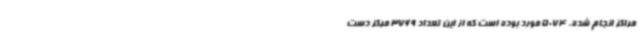
مراکز انجام شده، 5074 مورد بوده است که از این تعداد 3769 مرکز دست